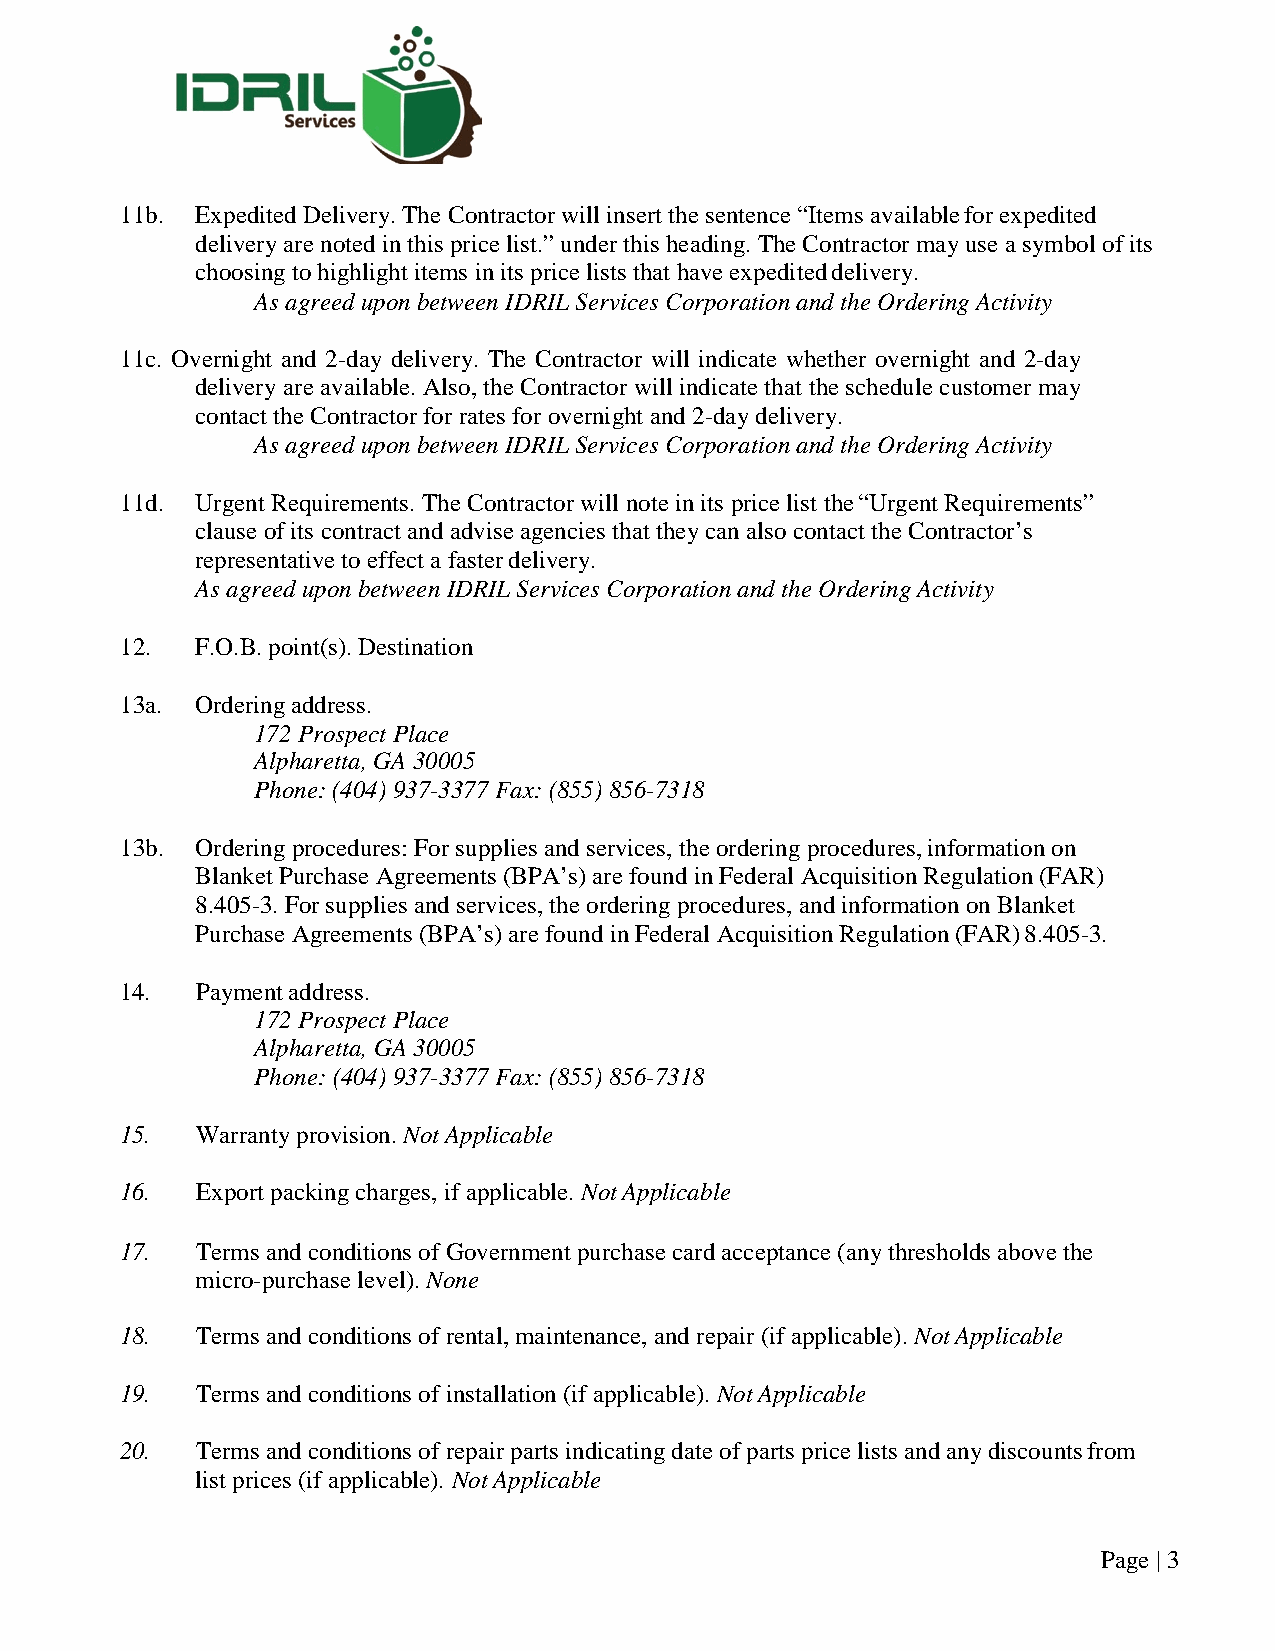
11b. Expedited Delivery. The Contractor will insert the sentence “Items available for expedited
 delivery are noted in this price list.” under this heading. The Contractor may use a symbol of its
 choosing to highlight items in its price lists that have expedited delivery.
 As agreed upon between IDRIL Services Corporation and the Ordering Activity
 11c. Overnight and 2-day delivery. The Contractor will indicate whether overnight and 2-day
 delivery are available. Also, the Contractor will indicate that the schedule customer may
 contact the Contractor for rates for overnight and 2-day delivery.
 As agreed upon between IDRIL Services Corporation and the Ordering Activity
 11d. Urgent Requirements. The Contractor will note in its price list the “Urgent Requirements”
 clause of its contract and advise agencies that they can also contact the Contractor’s
 representative to effect a faster delivery.
 As agreed upon between IDRIL Services Corporation and the Ordering Activity
 12.  F.O.B. point(s). Destination
 13a. Ordering address.
 172 Prospect Place
 Alpharetta, GA 30005
 Phone: (404) 937-3377 Fax: (855) 856-7318
 13b. Ordering procedures: For supplies and services, the ordering procedures, information on
 Blanket Purchase Agreements (BPA’s) are found in Federal Acquisition Regulation (FAR)
 8.405-3. For supplies and services, the ordering procedures, and information on Blanket
 Purchase Agreements (BPA’s) are found in Federal Acquisition Regulation (FAR) 8.405-3.
 14.  Payment address.
 172 Prospect Place
 Alpharetta, GA 30005
 Phone: (404) 937-3377 Fax: (855) 856-7318
 15.  Warranty provision. Not Applicable
 16.  Export packing charges, if applicable. Not Applicable
 17.  Terms and conditions of Government purchase card acceptance (any thresholds above the
 micro-purchase level). None
 18.  Terms and conditions of rental, maintenance, and repair (if applicable). Not Applicable
 19.  Terms and conditions of installation (if applicable). Not Applicable
 20.  Terms and conditions of repair parts indicating date of parts price lists and any discounts from
 list prices (if applicable). Not Applicable
 Page | 3